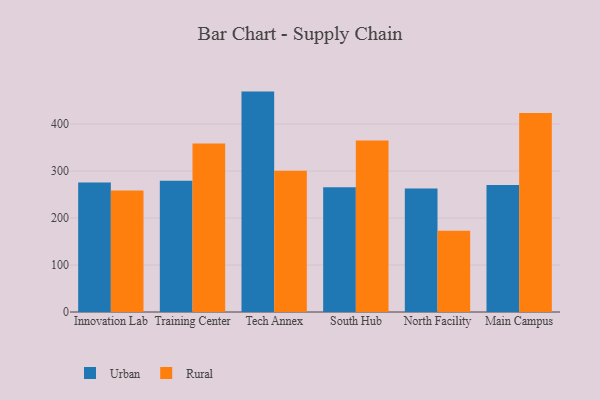
{"axis": {"x": "Campus", "y": "Energy Usage (MWh)"}, "legend": ["Rural", "Urban"], "data": [{"x": "Innovation Lab", "y": 275.8, "type": "Urban"}, {"x": "Innovation Lab", "y": 258.6, "type": "Rural"}, {"x": "Training Center", "y": 279.4, "type": "Urban"}, {"x": "Training Center", "y": 358.7, "type": "Rural"}, {"x": "Tech Annex", "y": 469.2, "type": "Urban"}, {"x": "Tech Annex", "y": 300.6, "type": "Rural"}, {"x": "South Hub", "y": 265.4, "type": "Urban"}, {"x": "South Hub", "y": 365.1, "type": "Rural"}, {"x": "North Facility", "y": 263.1, "type": "Urban"}, {"x": "North Facility", "y": 172.9, "type": "Rural"}, {"x": "Main Campus", "y": 270.6, "type": "Urban"}, {"x": "Main Campus", "y": 423.7, "type": "Rural"}]}